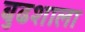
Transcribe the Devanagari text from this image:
बुढशाला